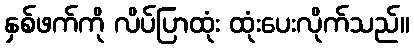
နှစ်ဖက်ကို လိပ်ပြာထုံး ထုံးပေးလိုက်သည်။